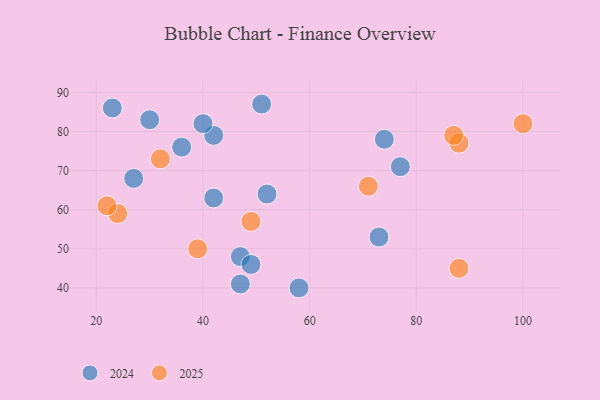
{"axis": {"x": "GDP", "y": "Life Expectancy"}, "legend": ["2024", "2025"], "data": [{"x": "49", "y": 57, "type": "2025"}, {"x": "39", "y": 50, "type": "2025"}, {"x": "24", "y": 59, "type": "2025"}, {"x": "88", "y": 45, "type": "2025"}, {"x": "32", "y": 73, "type": "2025"}, {"x": "71", "y": 66, "type": "2025"}, {"x": "22", "y": 61, "type": "2025"}, {"x": "100", "y": 82, "type": "2025"}, {"x": "88", "y": 77, "type": "2025"}, {"x": "87", "y": 79, "type": "2025"}, {"x": "77", "y": 71, "type": "2024"}, {"x": "27", "y": 68, "type": "2024"}, {"x": "42", "y": 79, "type": "2024"}, {"x": "58", "y": 40, "type": "2024"}, {"x": "51", "y": 87, "type": "2024"}, {"x": "42", "y": 63, "type": "2024"}, {"x": "36", "y": 76, "type": "2024"}, {"x": "40", "y": 82, "type": "2024"}, {"x": "47", "y": 48, "type": "2024"}, {"x": "49", "y": 46, "type": "2024"}, {"x": "30", "y": 83, "type": "2024"}, {"x": "73", "y": 53, "type": "2024"}, {"x": "23", "y": 86, "type": "2024"}, {"x": "74", "y": 78, "type": "2024"}, {"x": "52", "y": 64, "type": "2024"}, {"x": "47", "y": 41, "type": "2024"}]}